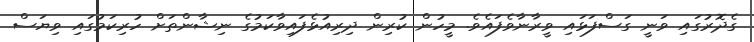
ގެދޮރުގައި ވަނީ ގަސްފަޅައި ވީރާނާވެފައެވެ. މީހުން ކުރިން ދިރިއުޅެފައިވާކަމުގެ ނިޝާންތަށް ހުރިކަމުގައި ވިޔަސް